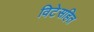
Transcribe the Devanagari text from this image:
विटेसहित